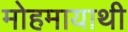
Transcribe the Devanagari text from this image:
मोहमायाथी